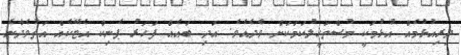
ދިރިއުޅުމެއް އުޅުމަކީ މުސްތަހީލުކަމަކަށް ވެދެއެވެ. އަދި ބައެއް ފަހަރު ޕެނިކް އެޓޭކެއް އަތުވެދާނެ